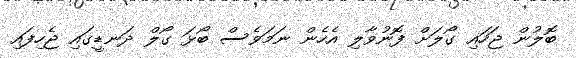
ބޮލުން ޖަހައި ގޯލަށް ފޮނުވާލި އެހެން ނަމަވެސް ބޯޅަ ގޯލް ދަނޑީގައި ޖެހިފައި